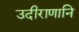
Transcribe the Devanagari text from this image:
उदीराणानि